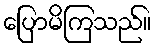
ပြောမိကြသည်။